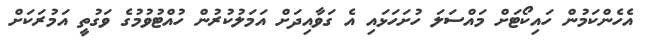
އެހެންކަމުން ހައިކޯޓަށް މައްސަލަ ހުށަހަޅައި އެ ގަވާއިދަށް އަމަލުކުރުން ހުއްޓުވުމުގެ ވަގުތީ އަމުރަކަށް